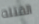
القتله